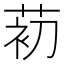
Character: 𰱗